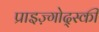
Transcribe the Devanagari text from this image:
प्राइज़्गोद्स्की